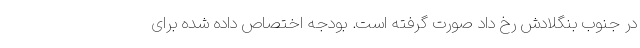
در جنوب بنگلادش رخ داد صورت گرفته است. بودجه اختصاص داده شده برای